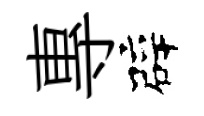
專辟